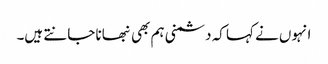
انہوں نے کہا کہ دشمنی ہم بھی نبھانا جانتے ہیں۔